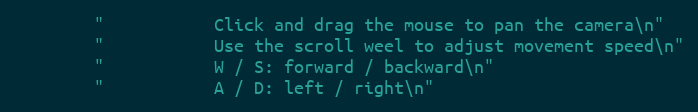
Language: C++
        "           Click and drag the mouse to pan the camera\n"
        "           Use the scroll weel to adjust movement speed\n"
        "           W / S: forward / backward\n"
        "           A / D: left / right\n"